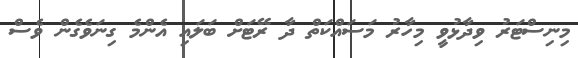
މިިނިސްޓަރު ވިދާޅުވީ މިހާރު މަސައްކަތް ދާ ރޭޓަށް ބަލައި އެންމެ ގިނަވެގެން ވެސް